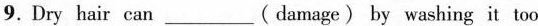
9.Dry hair can___( damage) by washing it too